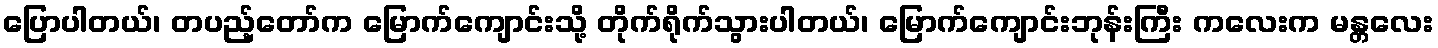
ပြောပါတယ်၊ တပည့်တော်က မြောက်ကျောင်းသို့ တိုက်ရိုက်သွားပါတယ်၊ မြောက်ကျောင်းဘုန်းကြီး ကလေးက မန္တလေး